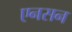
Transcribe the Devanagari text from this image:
एनसन